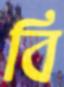
বি